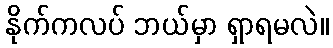
နိုက်ကလပ် ဘယ်မှာ ရှာရမလဲ။